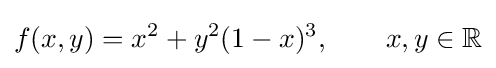
f(x,y)=x^{2}+y^{2}(1-x)^{3},\qquad x,y\in \mathbb {R}